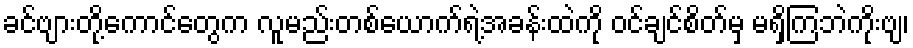
ခင်ဗျားတို့ကောင်တွေက လူမည်းတစ်ယောက်ရဲ့အခန်းထဲကို ဝင်ချင်စိတ်မှ မရှိကြဘဲကိုးဗျ၊